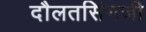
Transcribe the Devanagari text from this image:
दौलतसिंगजी